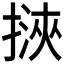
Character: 𢲯